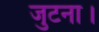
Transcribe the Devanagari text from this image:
जुटना।